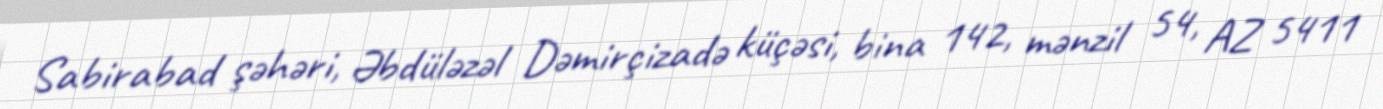
Sabirabad şəhəri, Əbdüləzəl Dəmirçizadə küçəsi, bina 142, mənzil 54, AZ 5411